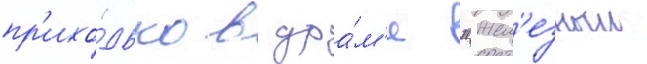
пр'ихо́дько в дра́м'е "жел'езныи